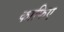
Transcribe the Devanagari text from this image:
काफिए